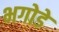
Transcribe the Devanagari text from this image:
भगोडे